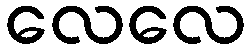
လေလေ